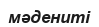
мәдениті